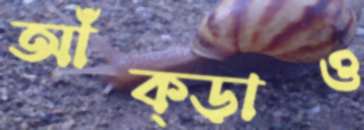
আঁক্‌ড়াও